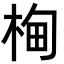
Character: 㭵